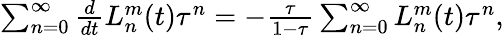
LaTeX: \begin{array}{r}{\sum_{n=0}^{\infty}\frac{d}{dt}L_{n}^{m}(t)\tau^{n}=-\frac{\tau}{1-\tau}\sum_{n=0}^{\infty}L_{n}^{m}(t)\tau^{n},}\end{array}